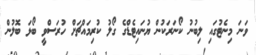
ވަނަ މިނެޓުގައި ލިބުނު ކޯނަރަކުން ޔުނައިޓެޑްގެ ގޯލު ކުރިމައްޗަށް ހުރަސްވީ ބޯޅަ ބޮލުން